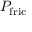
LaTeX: P _ { \mathrm { f r i c } }